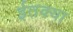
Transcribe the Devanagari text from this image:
ईतक्या